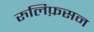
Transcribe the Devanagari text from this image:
रुलिफ़सन